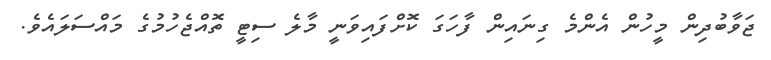
ޖަވާބުދިން މީހުން އެންމެ ގިނައިން ފާހަގަ ކޮށްފައިވަނީ މާލެ ސިޓީ ތޮއްޖެހުމުގެ މައްސަލައެވެ.